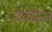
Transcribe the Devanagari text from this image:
देवद्विज